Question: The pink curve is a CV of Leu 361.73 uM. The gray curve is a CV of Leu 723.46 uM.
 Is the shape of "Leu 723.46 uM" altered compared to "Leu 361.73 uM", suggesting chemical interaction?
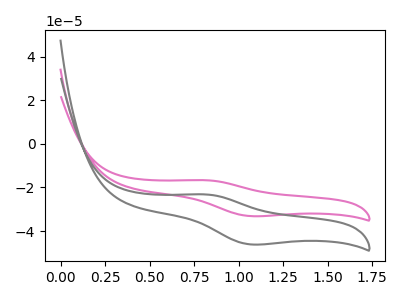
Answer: <think>The pink curve "Leu 361.73 uM" has an anodic peak at (0.80V, -16.65uA) and a cathodic peak at (1.05V, -33.15uA). The gray curve "Leu 723.46 uM" has an anodic peak at (0.80V, -23.20uA) and a cathodic peak at (1.05V, -46.10uA).
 All the peaks in "Leu 723.46 uM" have a peak in "Leu 361.73 uM" at the same potential.</think>
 <answer>No, "Leu 723.46 uM" and "Leu 361.73 uM" don't appear to be significantly different in shape</answer>
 <eval>no_change</eval>